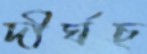
দীর্ঘচ্